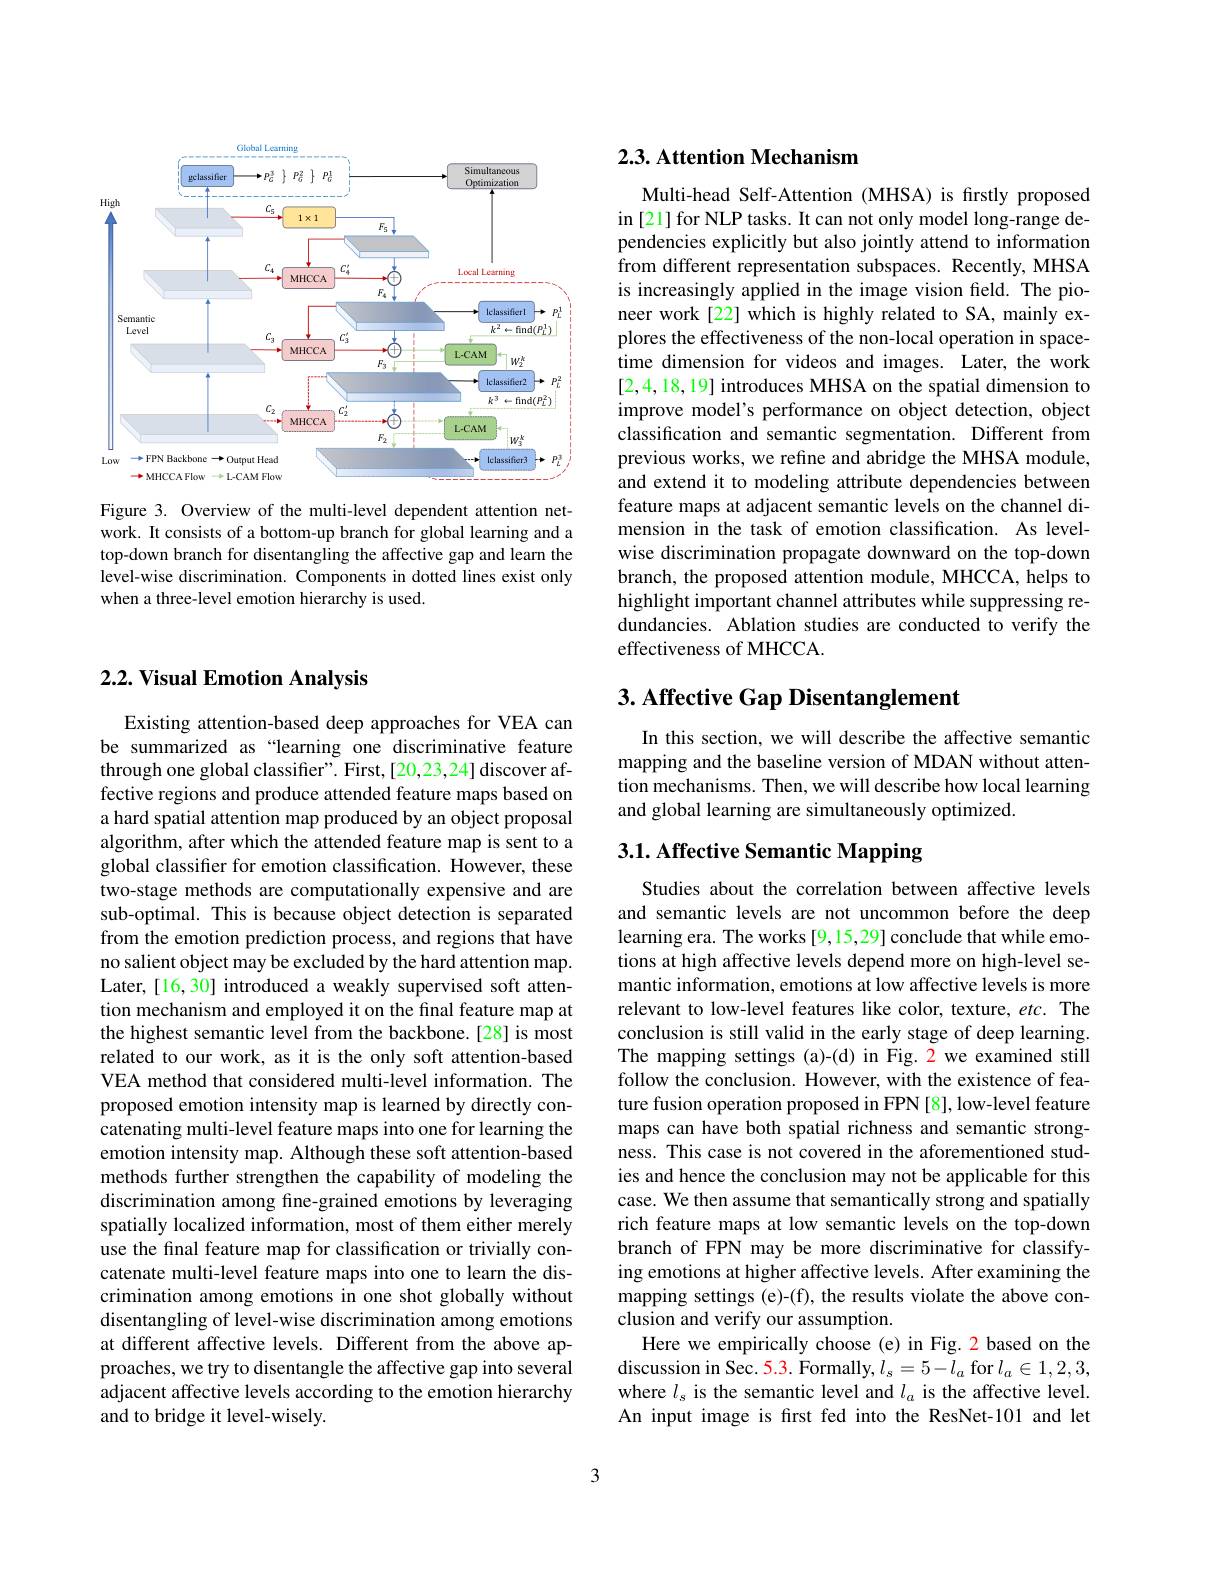
<FigureHere>

Figure 3. Overview of the multi-level dependent attention network. It consists of a bottom-up branch for global learning and a top-down branch for disentangling the affective gap and learn the level-wise discrimination. Components in dotted lines exist only when a three-level emotion hierarchy is used.

## 2.2. Visual Emotion Analysis

Existing attention-based deep approaches for VEA can be summarized as “learning one discriminative feature through one global classifier". First,[20,23,24] discover affective regions and produce attended feature maps based on a hard spatial attention map produced by an object proposal algorithm, after which the attended feature map is sent to a global classifier for emotion classification. However, these two-stage methods are computationally expensive and are sub-optimal. This is because object detection is separated from the emotion prediction process, and regions that have no salient object may be excluded by the hard attention map. Later, [16,30] introduced a weakly supervised soft attention mechanism and employed it on the final feature map at the highest semantic level from the backbone.[28] is most related to our work, as it is the only soft attention-based VEA method that considered multi-level information. The proposed emotion intensity map is learned by directly concatenating multi-level feature maps into one for learning the emotion intensity map. Although these soft attention-based methods further strengthen the capability of modeling the discrimination among fine-grained emotions by leveraging spatially localized information, most of them either merely use the final feature map for classification or trivially concatenate multi-level feature maps into one to learn the discrimination among emotions in one shot globally without disentangling of level-wise discrimination among emotions at different affective levels. Different from the above approaches, we try to disentangle the affective gap into several adjacent affective levels according to the emotion hierarchy and to bridge it level-wisely.

# 2.3. Attention Mechanism

Multi-head Self-Attention (MHSA) is firstly proposed in [21] for NLP tasks. It can not only model long-range dependencies explicitly but also jointly attend to information from different representation subspaces. Recently, MHSA is increasingly applied in the image vision field. The pioneer work[22] which is highly related to SA, mainly explores the effectiveness of the non-local operation in spacetime dimension for videos and images. Later, the work [2,4,18,19] introduces MHSA on the spatial dimension to improve model's performance on object detection, object classification and semantic segmentation. Different from previous works, we refine and abridge the MHSA module, and extend it to modeling attribute dependencies between feature maps at adjacent semantic levels on the channel dimension in the task of emotion classification. As levelwise discrimination propagate downward on the top-down branch, the proposed attention module, MHCCA, helps to highlight important channel attributes while suppressing redundancies. Ablation studies are conducted to verify the effectiveness of MHCCA.

# 3. Affective Gap Disentanglement

In this section, we will describe the affective semantic mapping and the baseline version of MDAN without attention mechanisms. Then, we will describe how local learning and global learning are simultaneously optimized.

# 3.1. Affective Semantic Mapping

Studies about the correlation between affective levels and semantic levels are not uncommon before the deep learning era. The works[9,15,29] conclude that while emotions at high affective levels depend more on high-level semantic information, emotions at low affective levels is more relevant to low-level features like color, texture, etc. The conclusion is still valid in the early stage of deep learning. The mapping settings (a)-(d) in Fig.2 we examined still follow the conclusion. However, with the existence of feature fusion operation proposed in FPN [8], low-level feature maps can have both spatial richness and semantic strongness. This case is not covered in the aforementioned studies and hence the conclusion may not be applicable for this case. We then assume that semantically strong and spatially rich feature maps at low semantic levels on the top-down branch of FPN may be more discriminative for classifying emotions at higher affective levels. After examining the mapping settings (e)-(f), the results violate the above conclusion and verify our assumption.
Here we empirically choose (e) in Fig. 2 based on the discussion in Sec. 5.3. Formally, $l_s=5-l_a$ for $l_a\in1,2,3$, where $l_{\mathrm{s}}$ is the semantic level and $l_a$ is the affective level. An input image is first fed into the ResNet-101 and let

3